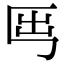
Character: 𡴈